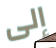
إلى